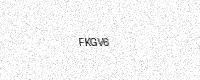
Text: FKGV6